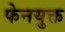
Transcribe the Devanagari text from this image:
फेनयुक्त